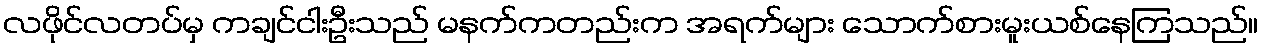
လဖိုင်လတပ်မှ ကချင်ငါးဦးသည် မနက်ကတည်းက အရက်များ သောက်စားမူးယစ်နေကြသည်။